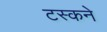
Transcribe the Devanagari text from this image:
टस्कने